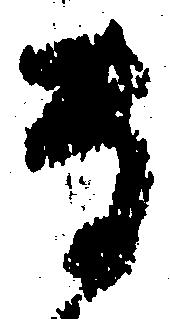
専